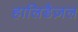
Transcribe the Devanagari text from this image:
हालिडैज़ल